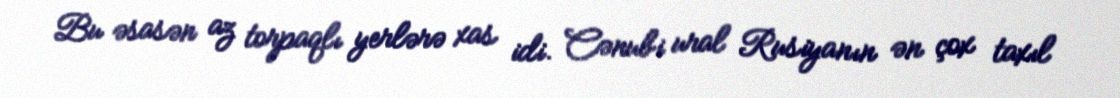
Bu əsasən az torpaqlı yerlərə xas idi. Cənubi ural Rusiyanın ən çox taxıl